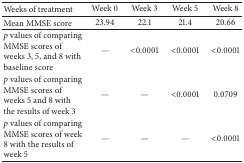
<table><thead><tr><td><b>Weeks of treatment</b></td><td><b>Week 0</b></td><td><b>Week 3</b></td><td><b>Week 5</b></td><td><b>Week 8</b></td></tr></thead><tbody><tr><td>Mean MMSE score</td><td>23.94</td><td>22.1</td><td>21.4</td><td>20.66</td></tr><tr><td><i>p</i> values of comparing MMSE scores of weeks 3, 5, and 8 with baseline score</td><td>—</td><td>&lt;0.0001</td><td>&lt;0.0001</td><td>&lt;0.0001</td></tr><tr><td><i>p</i> values of comparing MMSE scores of weeks 5 and 8 with the results of week 3</td><td>—</td><td>—</td><td>&lt;0.0001</td><td>0.0709</td></tr><tr><td><i>p</i> values of comparing MMSE scores of week 8 with the results of week 5 </td><td>—</td><td>—</td><td>—</td><td>&lt;0.0001</td></tr></tbody></table>